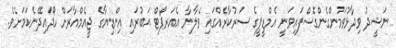
ނަޝީދު ވިދާޅުވަމުންގެންގޮސްފައިވަނީ އެމްޑީޕީގެ ސަރުކާރެއްގައި ވެލާނާ އެއަރޕޯޓް އަބުރައި އިންޑިޔާގެ ޖީއެމްއާރަށް ހޯދައިދޭނެކަމަށެވެ.